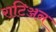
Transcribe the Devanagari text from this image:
राटिञ्जन